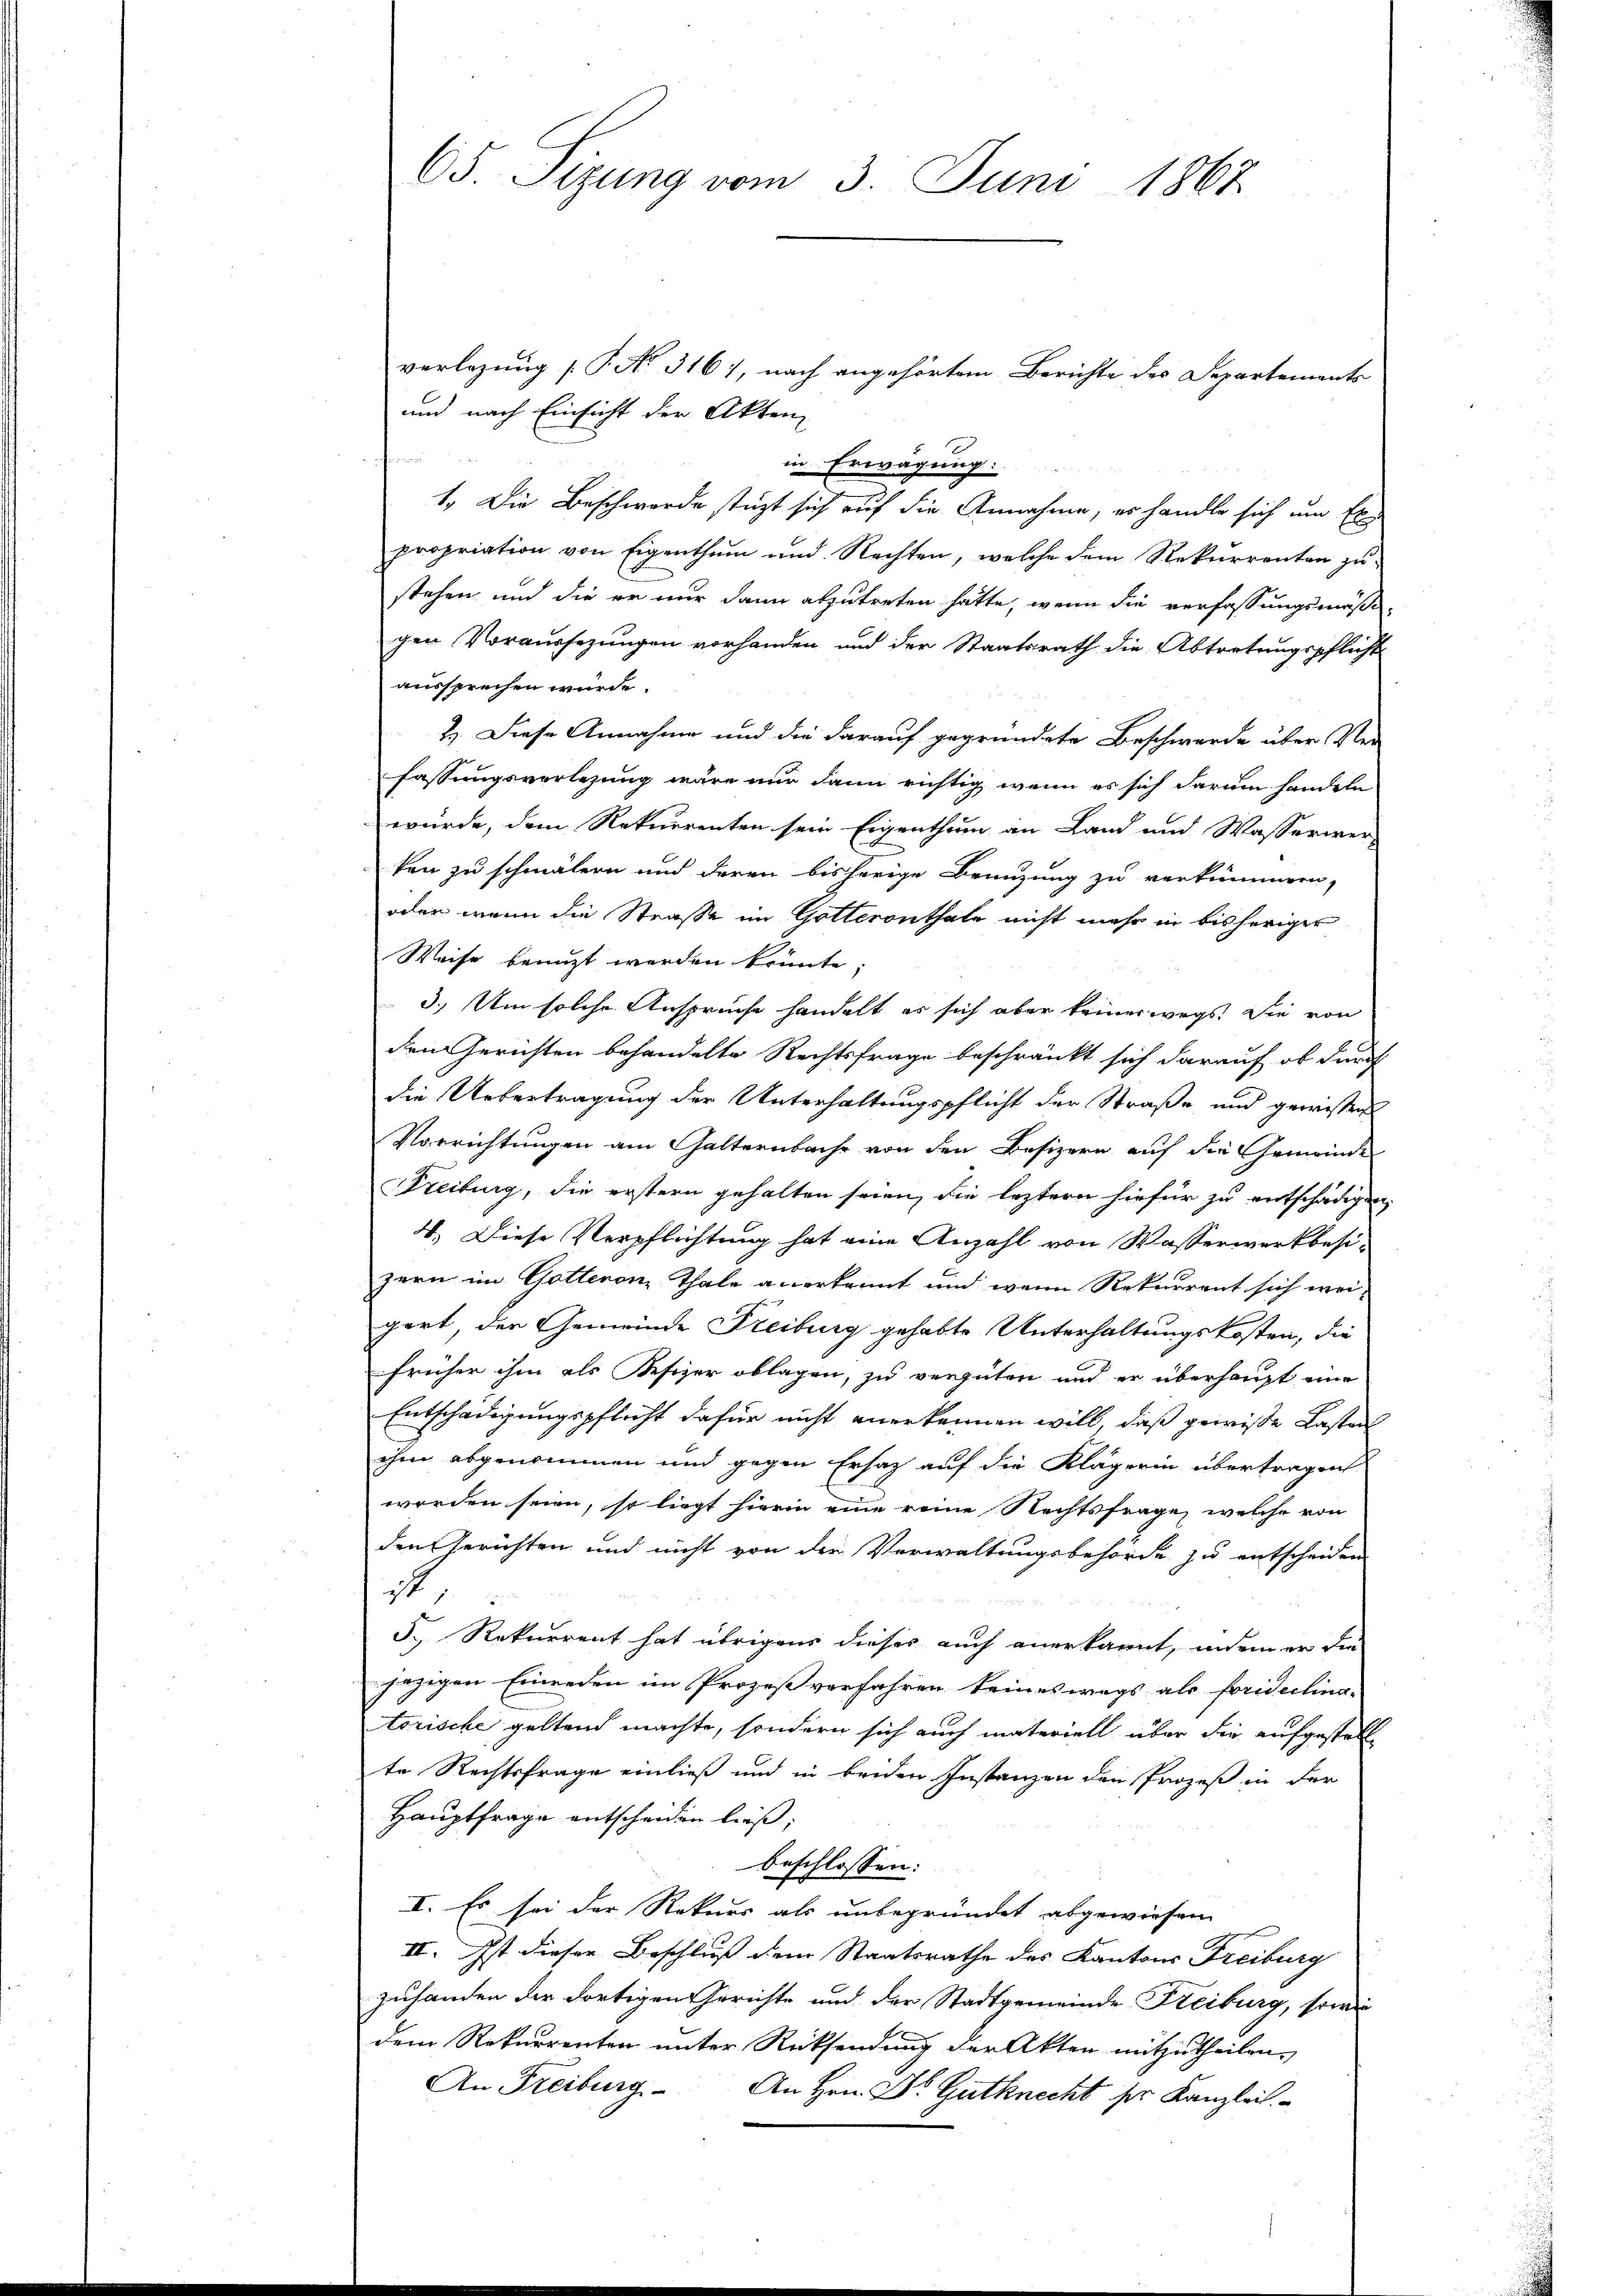
65. Sizung vom 3. Juni 1867

verlegung [§ No. 3161, nach angehörte Berichte des Departements
und nach Einsicht der Akten

in Erwägung:
1. Die Beschwerde stüzt sich auf die Annahme, es handle sich um Er
propriation von Eigenthum und Rechten, welche dem Rekurrenten zu
stehen und die er nur dann abzutreten hätte, wenn die verfassungsmaße
gen Voraussezungen vorhanden und der Staatsrath die Abtretungspflicht
aussprechen würde.
2). Diese Annahme und die darauf gegründete Beschwerde über Ver-
fassungsverlegung wäre nur dann richtig wenn es sich darum handeln
wurde, dem Rekurrenten sein Eigenthum an Land und Wasserwerken zu schmälern und deren bisherige Branzung zu verkümmern,
oder wenn die Straße im Gotteronthale nicht mehr in bisheriger
Weise benuzt werden könnte;
3.) Um solche Anspruche handelt es sich aber keineswegs, Sie von
den Gerichten behandelte Rechtsfrage beschränkt sich darauf, ob durch
die Uebertragung der Unterhaltungspflicht der Straße und gewissen
Vorrichtungen am Galternbache von den Besizern auf die Gemeinde
Freiburg, die erstern gehalten seien, die leztern hiefür zu entschädigen,
4. Diese Verpflichtung hat eine Anzahl von Wasserwerkbesizern im Gotteron Thale anerkannt und wenn Rekurrent sich wei-
gert, der Gemeinde Freiburg gehabte Unterhaltungskosten, die
früher ihm als Kesizer oblagen, zu vergüten und er überhaupt eine
Entschädigungspflicht dafür nicht anerkennen will, daß gewisse Lasten
ihm abgenommen und gegen Ersatz auf die Klägerin übertragen
worden seien, so liegt hierin eine reine Rechtsfrage, welche von
den Gerichten und nicht von der Verwaltungsbehörde zu entscheiden
,
5., Rekurrent hat übrigens dieser auch anerkannt, indem er die
jezigen Einreden im Prozeß verfahren keineswegs als Foridelina-
torische geltend machte, sondern sich auch materiell über die aufgestell
te Rechtsfrage einließ und in beiden Instanzen den Prozeß in der
Hauptfrage entscheiden ließ;
beschlossen:
I. Es sei der Rekurs als unbegründet abgewiesen
II. Ist dieser Beschluß dem Staatsrathe des Kantons Freiburg
zuhanden der dortigen Gerichte und der Stadtgemeinde Freiburg, sowie
dem Rekurrenten unter Rücksendung der Akten mitzutheilen.
An Freiburg. An Hrn. Dr Gutknecht pr. Kanzlei